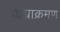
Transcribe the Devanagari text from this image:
अग्राक्रमण